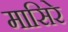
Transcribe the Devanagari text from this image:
मासिरे